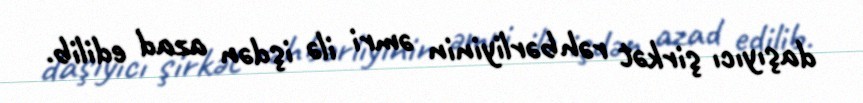
daşıyıcı şirkət rəhbərliyinin əmri ilə işdən azad edilib.